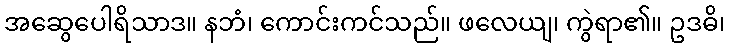
အဆွေပေါရိသာဒ။ နဘံ၊ ကောင်းကင်သည်။ ဖလေယျ၊ ကွဲရာ၏။ ဥဒဓိ၊